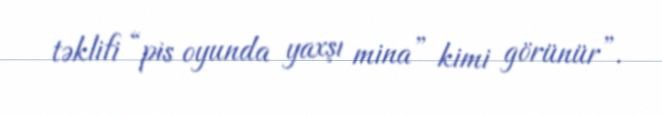
təklifi “pis oyunda yaxşı mina” kimi görünür”.